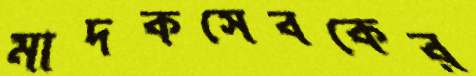
মাদকসেবকের